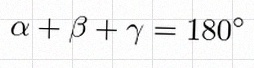
\alpha+\beta+\gamma=180^\circ